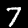
Label: 7